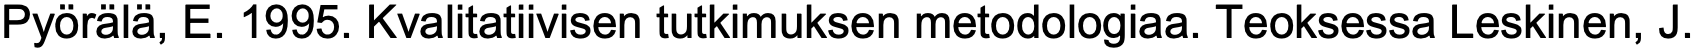
Pyörälä, E. 1995. Kvalitatiivisen tutkimuksen metodologiaa. Teoksessa Leskinen, J.